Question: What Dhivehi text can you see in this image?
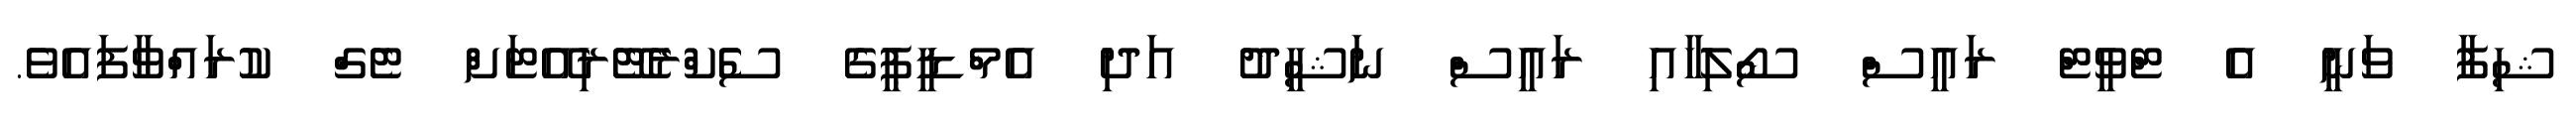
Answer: ޝިފާ ވަނީ އެ ޓްވީޓް ރައީސް ސޯލިހާއި ރައީސް ނަޝީދު އަދި އެމްޑީޕީގެ ސެެކްރެޓޭރިއޭޓަށް ޓެގް ކުރައްވާފައެވެ.